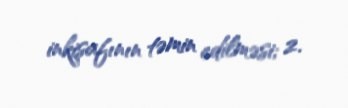
inkişafının təmin edilməsi; 2.